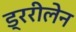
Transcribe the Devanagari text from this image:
ड्ररीलेन